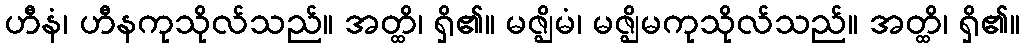
ဟီနံ၊ ဟီနကုသိုလ်သည်။ အတ္ထိ၊ ရှိ၏။ မဇ္ဈိမံ၊ မဇ္ဈိမကုသိုလ်သည်။ အတ္ထိ၊ ရှိ၏။